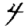
Digit: 4